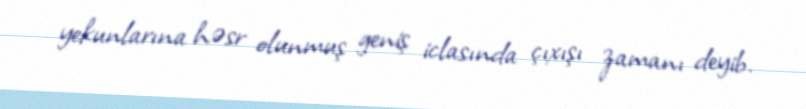
yekunlarına həsr olunmuş geniş iclasında çıxışı zamanı deyib.